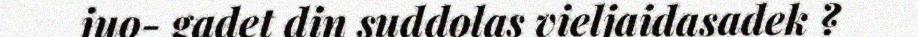
juo- gadet din suddolas vieljaidasadek ?